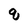
Character: q